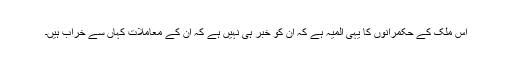
اس ملک کے حکمرانوں کا یہی المیہ ہے کہ ان کو خبر ہی نہیں ہے کہ ان کے معاملات کہاں سے خراب ہیں۔